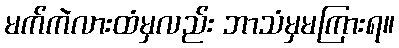
မက်ကဲလားထံမှလည်း ဘာသံမှမကြားရ။